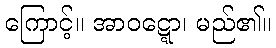
ကြောင့်။ အာဝဋ္ဋော၊ မည်၏။